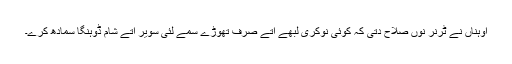
اوہناں نے ٹرنر نوں صلاح دتی کہ کوئی نوکری لبھے اتے صرف تھوڑے سمے لئی سویر اتے شام ڈوہنگا سمادھ کرے۔